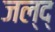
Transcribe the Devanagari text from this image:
जल्द्